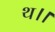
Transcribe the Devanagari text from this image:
थ।।